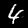
Digit: 4